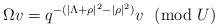
LaTeX: \begin{align*}\Omega v=q^{-(|\Lambda+\rho|^2-|\rho|^2)}v~~({\rm mod}~U)\end{align*}